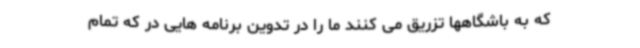
که به باشگاهها تزریق می کنند ما را در تدوین برنامه هایی در که تمام